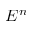
E ^ { n }